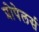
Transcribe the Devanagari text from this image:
प्रोपेलर्स